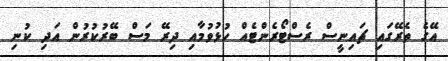
އޭގެ ތެރޭގައި ޗައިނީސް ރެސްޓޯރެންޓެއް ހުޅުވުމާއި ދިރޭ މަސް ބޭރުކުރުން އަދި ކުނި